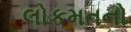
લોકમતનો